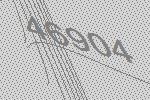
46904